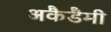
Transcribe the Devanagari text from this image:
अकैडैमी